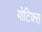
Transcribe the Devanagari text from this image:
योटिक्स